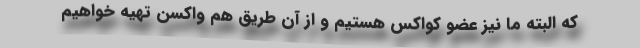
که البته ما نیز عضو کواکس هستیم و از آن طریق هم واکسن تهیه خواهیم